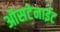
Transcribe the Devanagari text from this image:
ऑसटेनाईट